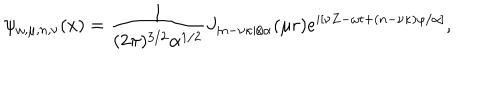
LaTeX: \psi _ { \omega , \mu , n , \nu } ( x ) = \frac { 1 } { ( 2 \pi ) ^ { 3 / 2 } \alpha ^ { 1 / 2 } } J _ { | n - \nu \kappa | / \alpha } ( \mu r ) e ^ { i [ \nu Z - \omega t + ( n - \nu \kappa ) \varphi / \alpha ] } ,